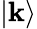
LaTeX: |\mathbf{k}\rangle